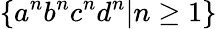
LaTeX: \{ a^{n}b^{n}c^{n}d^{n}|n\geq 1\}